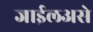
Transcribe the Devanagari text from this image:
जाईलअसे